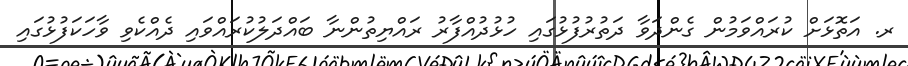
ރ. އަތޮޅަށް ކުރައްވަމުން ގެންދަވާ ދަތުރުފުޅުގައި ހުޅުދުއްފާރު ރައްޔިތުންނާ ބައްދަލުކުރައްވައި ދެއްކެވި ވާހަކަފުޅުގައި